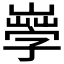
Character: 𡦙